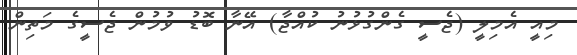
މިއީ އެމިލީ (ޖެސީ ގެންގުޅުނު ކުއްޖާ) އޭނާ ބޮޑު ވުމުން ޖެސީގެ މަތިން